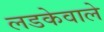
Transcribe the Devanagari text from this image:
लडकेवाले